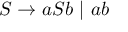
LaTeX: S \to a S b ~ | ~ a b